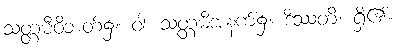
သတ္တမီဝိဘတ်၌။ ဝါ၊ သတ္တမီအနက်၌။ ဒိဿတိ၊ ရှိ၏။